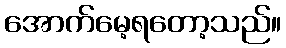
အောက်မေ့ရတော့သည်။